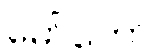
မော်တော်